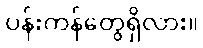
ပန်းကန်တွေရှိလား။